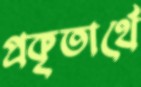
প্রকৃতার্থে